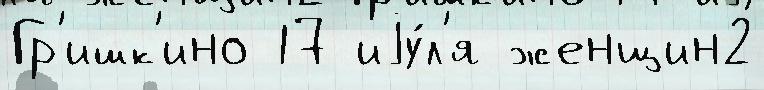
Гр'ишк'ино 17 иjу́л'я женщин2